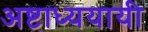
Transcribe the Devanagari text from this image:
अष्टाध्ययायी